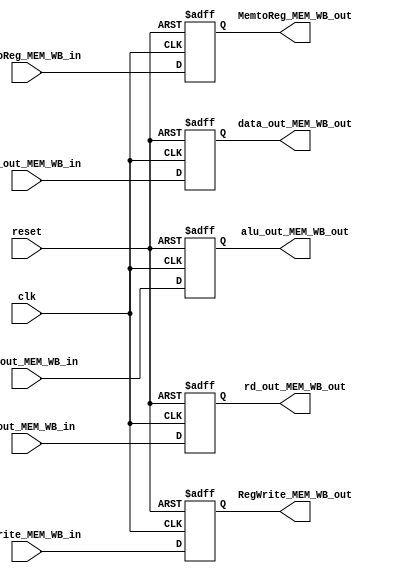
module MEM_WB_register
(
    input wire reset, clk, // common to all pipeline registers

    // control unit signals
    input wire MemtoReg_MEM_WB_in, // To WB stage
    input wire RegWrite_MEM_WB_in, // To WB stage

    // input from data memory stage
    input wire [31:0] data_out_MEM_WB_in,
    input wire [31:0]alu_out_MEM_WB_in,
    
    input wire [4:0] rd_out_MEM_WB_in,

    // Outputs
    output reg MemtoReg_MEM_WB_out, 
    output reg RegWrite_MEM_WB_out, 

    output reg [31:0] data_out_MEM_WB_out,
    output reg [31:0]alu_out_MEM_WB_out,
    
    output reg [4:0] rd_out_MEM_WB_out


);


always @ (posedge clk or negedge reset)
        begin
            if(!reset)
                begin
                    MemtoReg_MEM_WB_out <= 0;
                    RegWrite_MEM_WB_out <= 0; 

                    data_out_MEM_WB_out <= 0;
                    alu_out_MEM_WB_out <= 0;
    
                    rd_out_MEM_WB_out <= 0;
                end
            else 
                begin
                    MemtoReg_MEM_WB_out <= MemtoReg_MEM_WB_in;
                    RegWrite_MEM_WB_out <= RegWrite_MEM_WB_in; 

                    data_out_MEM_WB_out <= data_out_MEM_WB_in;
                    alu_out_MEM_WB_out <= alu_out_MEM_WB_in;
    
                    rd_out_MEM_WB_out <= rd_out_MEM_WB_in;
                end
        end
    
endmodule